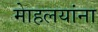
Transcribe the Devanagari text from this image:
माेहलयांना